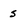
Character: s